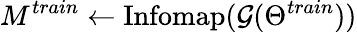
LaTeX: M^{train}\gets\mathrm{Infomap}(\mathcal{G}(\Theta^{train}))